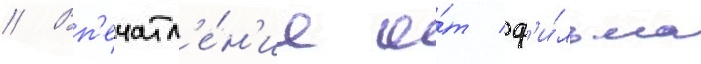
// Вп'ечатл'е́н'ие о́т ф'и́льма